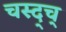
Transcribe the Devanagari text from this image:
चस्द्च्